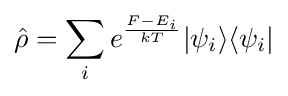
{\hat {\rho }}=\sum _{i}e^{\frac {F-E_{i}}{kT}}|\psi _{i}\rangle \langle \psi _{i}|